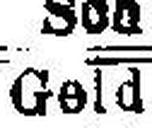
Geld